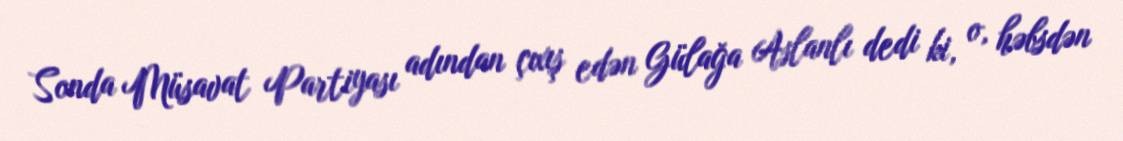
Sonda Müsavat Partiyası adından çıxış edən Gülağa Aslanlı dedi ki, o, həbsdən